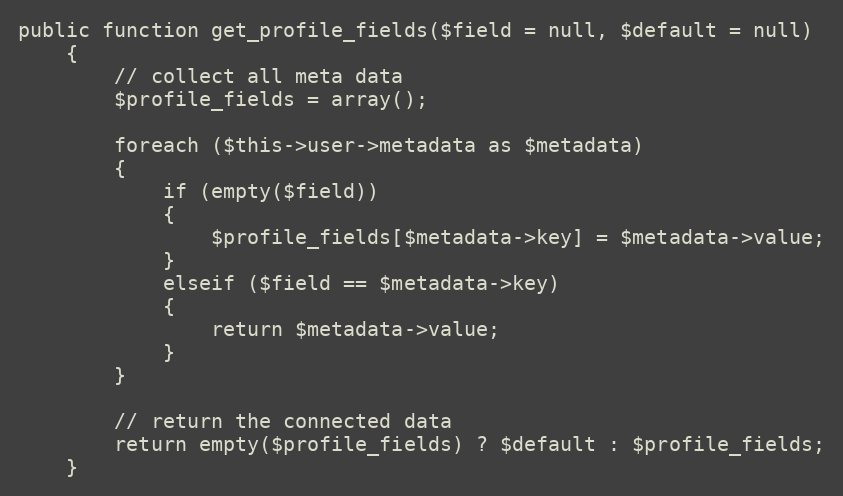
Language: PHP
public function get_profile_fields($field = null, $default = null)
	{
		// collect all meta data
		$profile_fields = array();

		foreach ($this->user->metadata as $metadata)
		{
			if (empty($field))
			{
				$profile_fields[$metadata->key] = $metadata->value;
			}
			elseif ($field == $metadata->key)
			{
				return $metadata->value;
			}
		}

		// return the connected data
		return empty($profile_fields) ? $default : $profile_fields;
	}